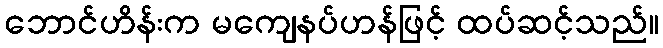
ဘောင်ဟိန်းက မကျေနပ်ဟန်ဖြင့် ထပ်ဆင့်သည်။